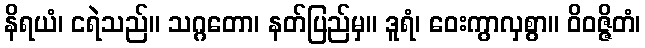
နိရယံ၊ ငရဲသည်။ သဂ္ဂတော၊ နတ်ပြည်မှ။ ဒူရံ၊ ဝေးကွာလှစွာ။ ဝိဝဇ္ဇိတံ၊